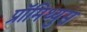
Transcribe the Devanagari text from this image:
प्रॉमिथ्युस